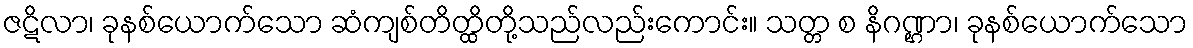
ဇဋိလာ၊ ခုနစ်ယောက်သော ဆံကျစ်တိတ္ထိတို့သည်လည်းကောင်း။ သတ္တ စ နိဂဏ္ဌာ၊ ခုနစ်ယောက်သော